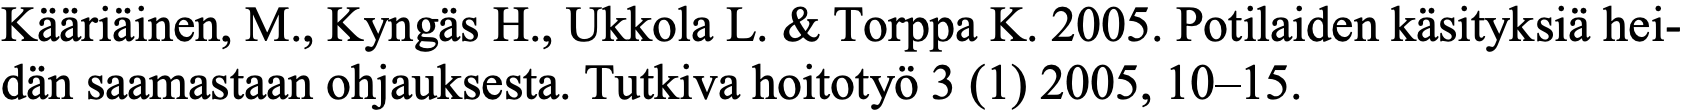
Kääriäinen, M., Kyngäs H., Ukkola L. & Torppa K. 2005. Potilaiden käsityksiä hei- dän saamastaan ohjauksesta. Tutkiva hoitotyö 3 (1) 2005, 10–15.